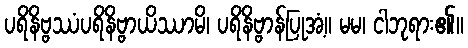
ပရိနိဗ္ဗဿံပရိနိဗ္ဗာယိဿာမိ၊ ပရိနိဗ္ဗာန်ပြုအံ့။ မမ၊ ငါဘုရား၏။